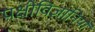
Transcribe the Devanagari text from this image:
पक्षीविज्ञानियों